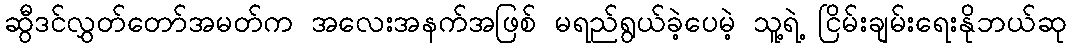
ဆွီဒင်လွှတ်တော်အမတ်က အလေးအနက်အဖြစ် မရည်ရွယ်ခဲ့ပေမဲ့ သူ့ရဲ့ ငြိမ်းချမ်းရေးနိုဘယ်ဆု